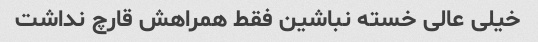
خیلی عالی خسته نباشین فقط همراهش قارچ نداشت